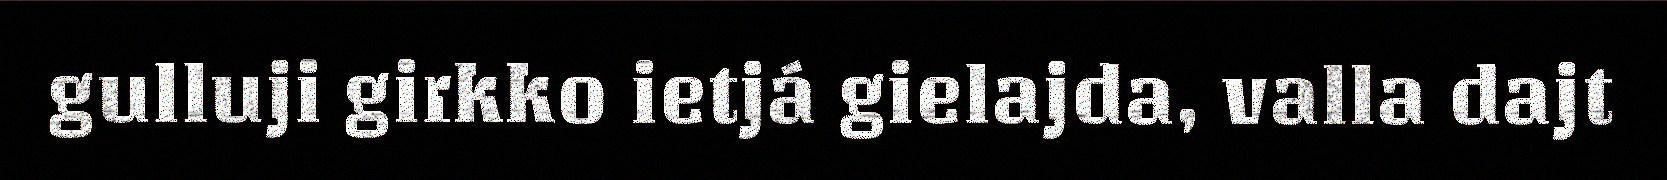
gulluji girkko ietjá gielajda, valla dajt